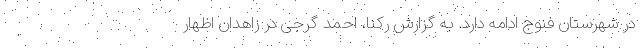
در شهرستان فنوج ادامه دارد. به گزارش رکنا، احمد گرجی در زاهدان اظهار